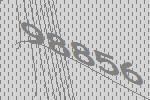
98856